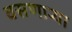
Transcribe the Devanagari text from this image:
वसणार्‍या